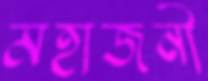
মহাজনী